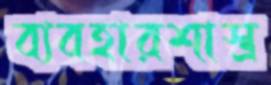
ব্যবহারশাস্ত্র